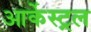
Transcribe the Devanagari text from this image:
आर्केस्ट्रल